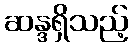
ဆန္ဒရှိသည့်